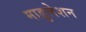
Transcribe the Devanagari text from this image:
माडुलेशन